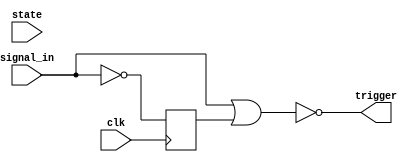
module StartDetectionUnit (
    input clk, state, signal_in,
    output trigger
    );   

    reg signal_d;

    always @(posedge clk)
        begin
            signal_d <= !signal_in;
        end
    assign trigger = !(signal_in | signal_d);
endmodule